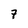
Character: 7